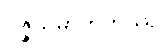
ဝဇ္ဇိယမာဟိတဿ